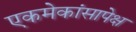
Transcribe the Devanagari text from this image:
एकमेकांसापेक्ष